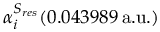
\alpha _ { i } ^ { S _ { r e s } } ( 0 . 0 4 3 9 8 9 \, \mathrm { a . u . } )